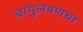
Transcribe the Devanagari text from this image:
चांगुलपणचा